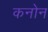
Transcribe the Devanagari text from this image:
कनोन